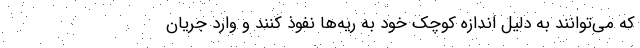
که می‌توانند به دلیل اندازه کوچک خود به ریه‌ها نفوذ کنند و وارد جریان